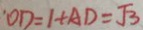
O D = 1 + A D = \sqrt { 3 }